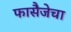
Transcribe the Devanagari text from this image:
फासैजेचा